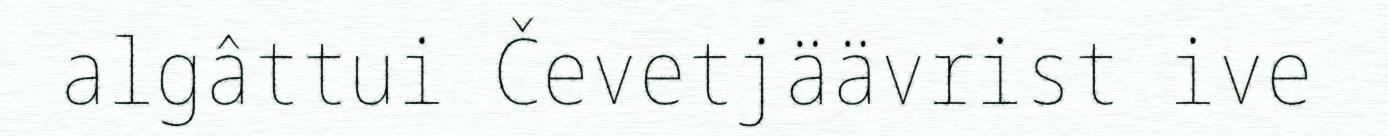
algâttui Čevetjäävrist ive